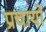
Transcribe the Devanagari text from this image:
प्रचार्यो